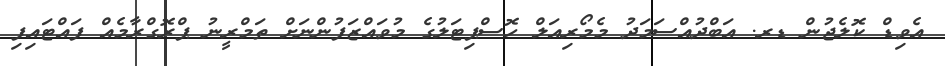
އެވިޑް ކޮލެޖުން ޑރ. އަބްދުއްސަމަދު މެމޯރިއަލް ހޮސްޕިޓަލުގެ މުވައްޒަފުންނަށް ތަމްރީނު ޕްރޮގްރާމެއް ފައްޓައިފި